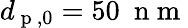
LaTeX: d_{\mathrm{~p~},0}=50~\mathrm{~n~m~}